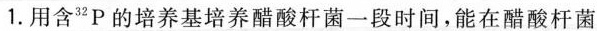
1.用含{32}_P的培养基培养醋酸杆菌一段时间，能在醋酸杆菌